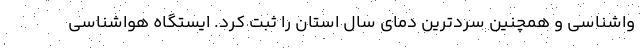
واشناسی و همچنین سردترین دمای سال استان را ثبت کرد. ایستگاه هواشناسی